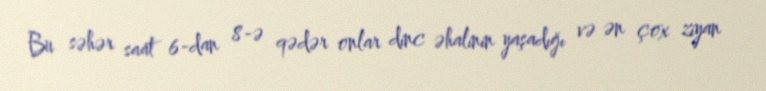
Bu səhər saat 6-dan 8-ə qədər onlar dinc əhalinin yaşadığı və ən çox ziyan